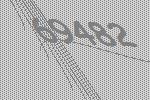
69482